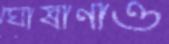
ঘোষাণাও